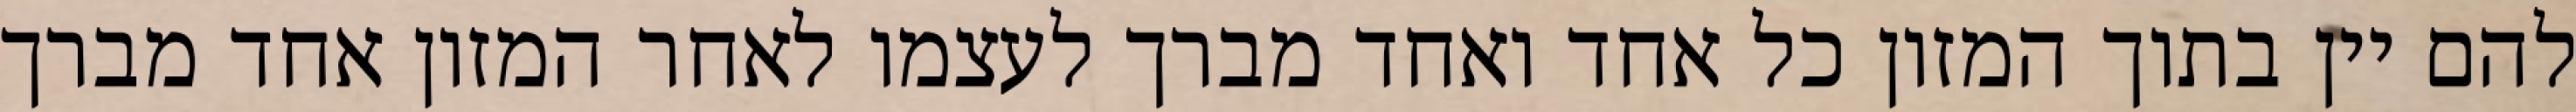
להם יין בתוך המזון כל אחד ואחד מברך לעצמו לאחר המזון אחד מברך